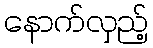
နောက်လှည့်